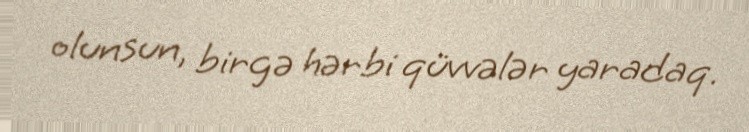
olunsun, birgə hərbi qüvvələr yaradaq.